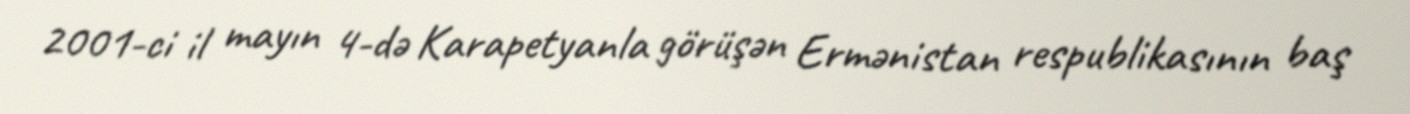
2001-ci il mayın 4-də Karapetyanla görüşən Ermənistan respublikasının baş